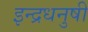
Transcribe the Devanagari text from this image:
इन्‍द्रधनुषी